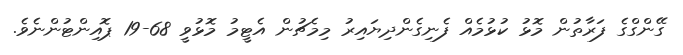
ގޭންގްގެ ފަރާތުން މޮޅު ކުޅުމެއް ފެނިގެންދިޔައިރު މިމެޗުން އެޓީމު މޮޅުވީ 68-19 ޕޮއިންޓުންނެވެ.